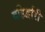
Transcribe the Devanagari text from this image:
बहिर्द्वारी